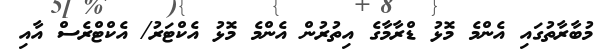
މުބާރާތުގައި އެންމެ މޮޅު ޑްރާމާގެ އިތުރުން އެންމެ މޮޅު އެކްޓަރު/ އެކްޓްރެސް އާއި